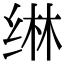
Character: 𬘭